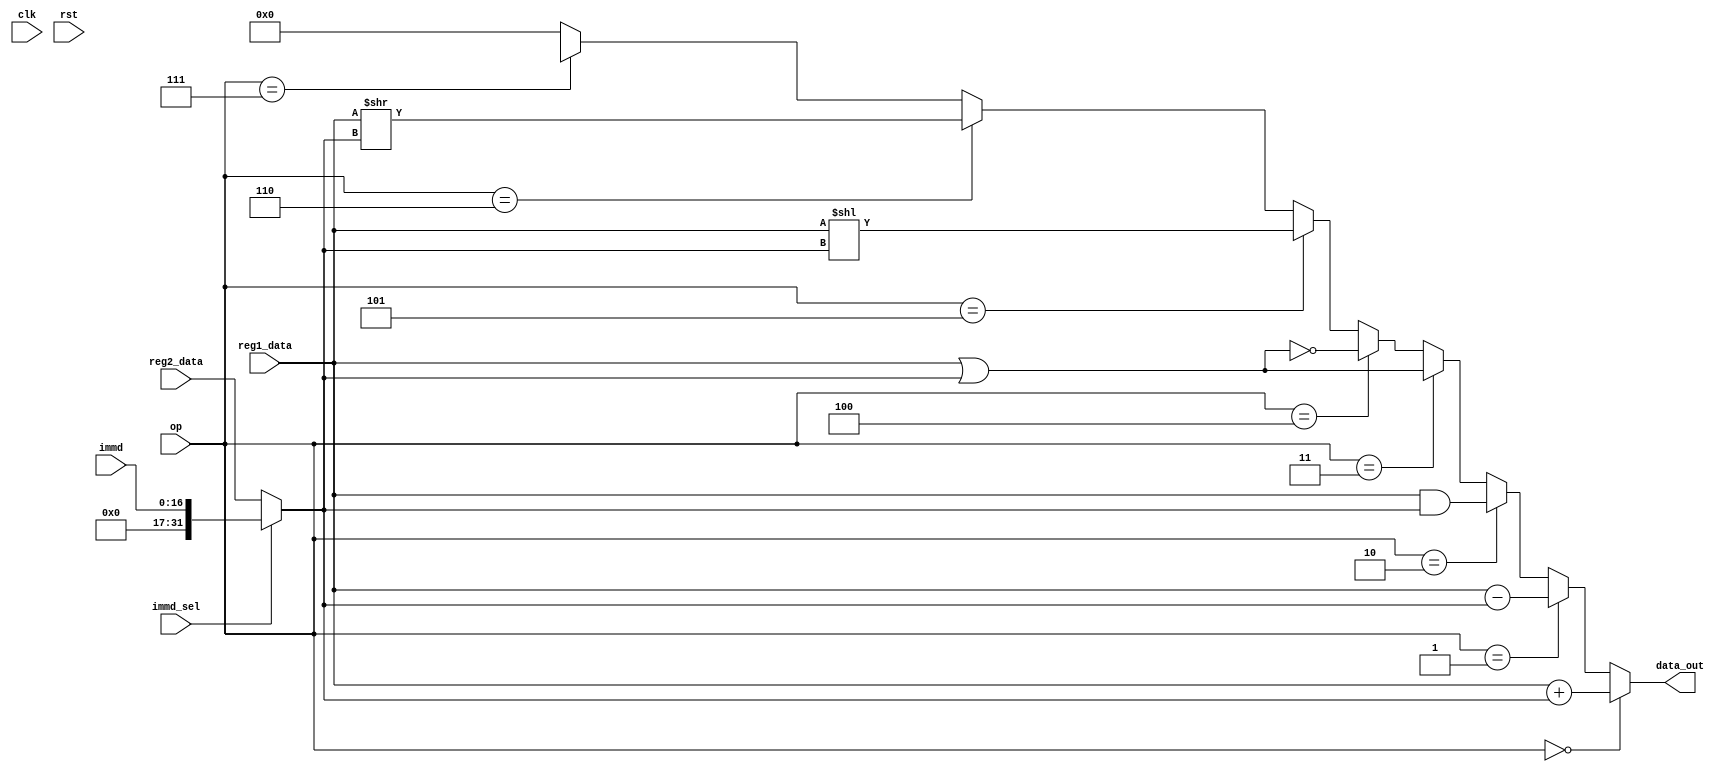
module alu(
		input clk,
		input rst,
		input immd_sel,
		input [31:0] reg1_data,
		input [31:0] reg2_data,
		input [16:0] immd,
		input [2:0] op,
		output [31:0] data_out);
	
	localparam ADD = 3'b000;
	localparam SUB = 3'b001;
	localparam AND = 3'b010;
	localparam OR = 3'b011;
	localparam NOR = 3'b100;
	localparam SLL = 3'b101;
	localparam SRL = 3'b110;
	localparam SRA = 3'b111;
	
	wire [31:0] src0, src1;
	
	assign src0 = reg1_data;
	assign src1 = (immd_sel) ? {{15{1'b0}}, immd} : reg2_data;
	
	assign data_out = (op == ADD) ? src0 + src1 : 
						(op == SUB) ? src0 - src1 :
						(op == AND) ? src0 & src1 :
						(op == OR) ? src0 | src1 :
						(op == NOR) ? ~(src0 | src1) :
						(op == SLL) ? src0 << src1 :
						(op == SRL) ? src0 >> src1 :
						(op == SRA) ? $signed(src0) >>> imm[4:0] : 0;
	
endmodule